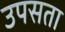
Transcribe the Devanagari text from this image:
उपसता